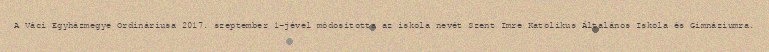
A Váci Egyházmegye Ordináriusa 2017. szeptember 1-jével módosította az iskola nevét Szent Imre Katolikus Általános Iskola és Gimnáziumra.